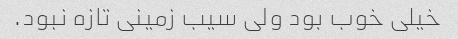
خیلی خوب بود ولی سیب زمینی تازه نبود.